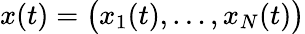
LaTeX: x(t)=\big(x_{1}(t),\dots,x_{N}(t)\big)